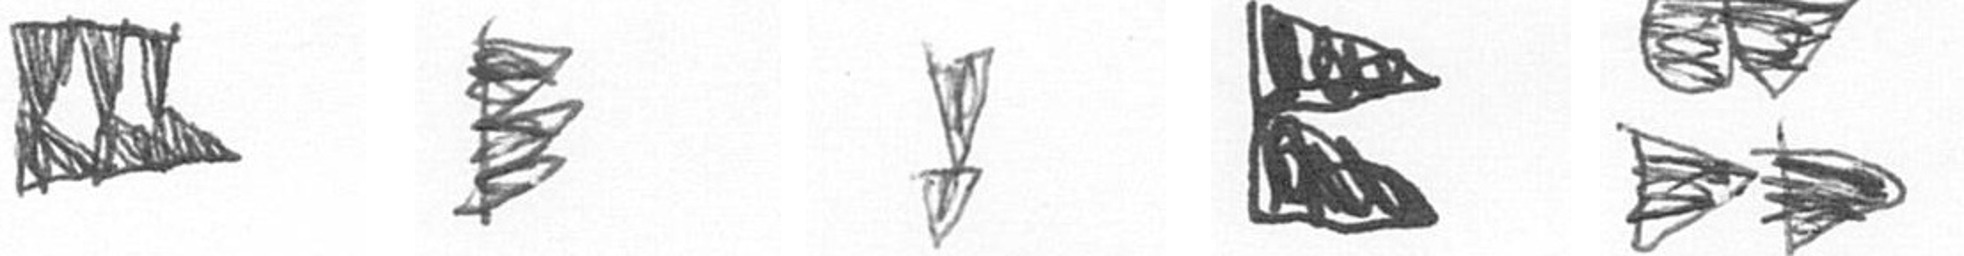
D H Z P B